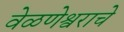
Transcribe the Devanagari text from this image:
वेळणेश्वराचे